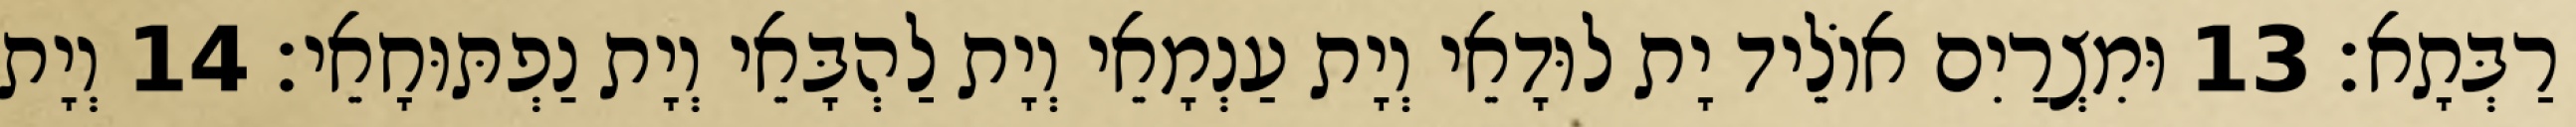
רַבְּתָא׃ 13 וּמִצְרַיִם אוֹלֵיד יָת לוּדָאֵי וְיָת עַנְמָאֵי וְיָת לַהְבָּאֵי וְיָת נַפְתּוּחָאֵי׃ 14 וְיָת